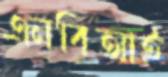
এনবিআই